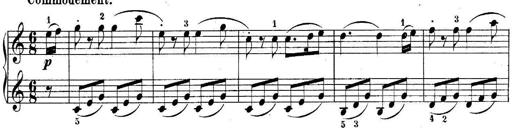
Title: 10 Sonatines progressives
Composer: Anton Schmoll